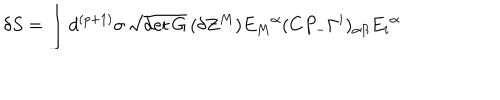
\delta S = \int d ^ { ( p + 1 ) } \sigma \, \sqrt { \det G } \, ( \delta Z ^ { M } ) E _ { M } { } ^ { \alpha } ( C P _ { - } \Gamma ^ { i } ) _ { \alpha \beta } E _ { i } { } ^ { \alpha }